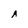
Character: A